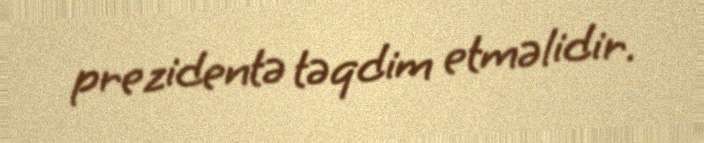
prezidentə təqdim etməlidir.